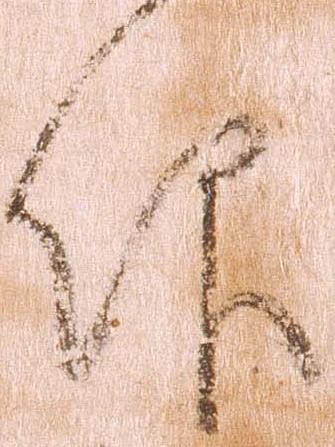
仰